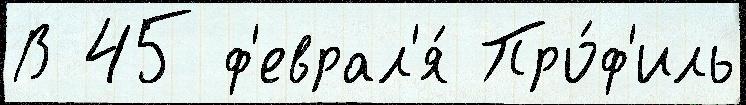
В 45 ф'еврал'я́ Про́ф'иль